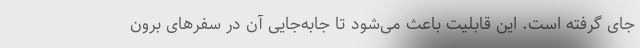
جای گرفته است. این قابلیت باعث می‌شود تا جابه‌جایی آن در سفرهای برون